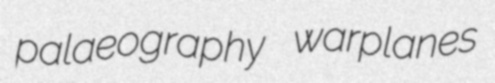
palaeography warplanes